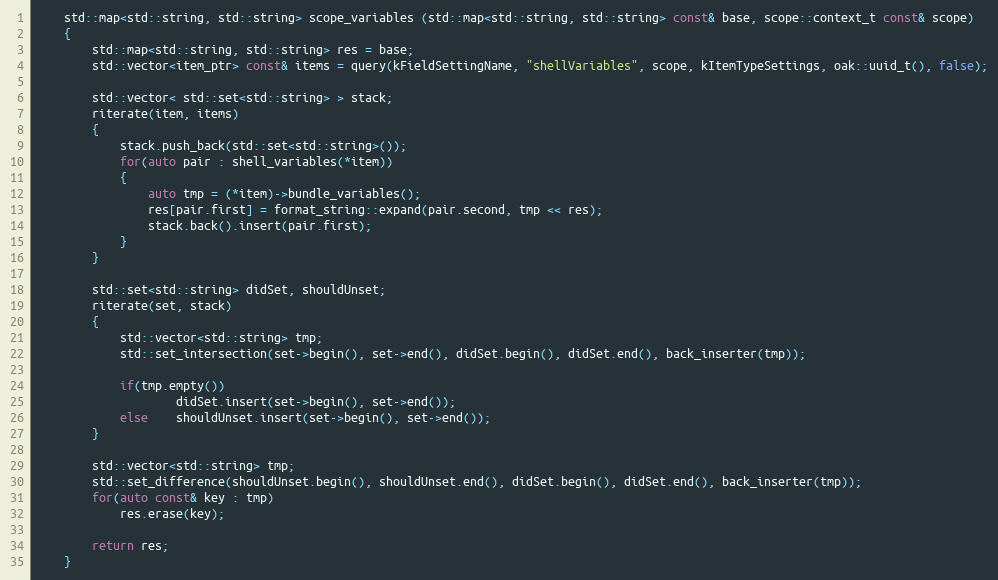
Language: C++
	std::map<std::string, std::string> scope_variables (std::map<std::string, std::string> const& base, scope::context_t const& scope)
	{
		std::map<std::string, std::string> res = base;
		std::vector<item_ptr> const& items = query(kFieldSettingName, "shellVariables", scope, kItemTypeSettings, oak::uuid_t(), false);

		std::vector< std::set<std::string> > stack;
		riterate(item, items)
		{
			stack.push_back(std::set<std::string>());
			for(auto pair : shell_variables(*item))
			{
				auto tmp = (*item)->bundle_variables();
				res[pair.first] = format_string::expand(pair.second, tmp << res);
				stack.back().insert(pair.first);
			}
		}

		std::set<std::string> didSet, shouldUnset;
		riterate(set, stack)
		{
			std::vector<std::string> tmp;
			std::set_intersection(set->begin(), set->end(), didSet.begin(), didSet.end(), back_inserter(tmp));

			if(tmp.empty())
					didSet.insert(set->begin(), set->end());
			else	shouldUnset.insert(set->begin(), set->end());
		}

		std::vector<std::string> tmp;
		std::set_difference(shouldUnset.begin(), shouldUnset.end(), didSet.begin(), didSet.end(), back_inserter(tmp));
		for(auto const& key : tmp)
			res.erase(key);

		return res;
	}